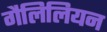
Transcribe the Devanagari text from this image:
गैलिलियन